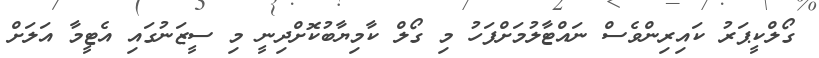
ގޯލްކީޕަރު ކައިރިންވެސް ނައްޓާލުމަށްފަހު މި ގޯލް ކާމިޔާބުކޮށްދިނީ މި ސީޒަނުގައި އެޓީމާ އަލަށް